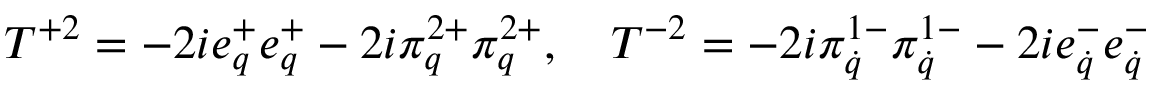
T ^ { + 2 } = - 2 i e _ { q } ^ { + } e _ { q } ^ { + } - 2 i \pi _ { q } ^ { 2 + } \pi _ { q } ^ { 2 + } , \quad T ^ { - 2 } = - 2 i \pi _ { \dot { q } } ^ { 1 - } \pi _ { \dot { q } } ^ { 1 - } - 2 i e _ { \dot { q } } ^ { - } e _ { \dot { q } } ^ { - }